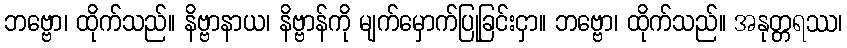
ဘဗ္ဗော၊ ထိုက်သည်။ နိဗ္ဗာနာယ၊ နိဗ္ဗာန်ကို မျက်မှောက်ပြုခြင်းငှာ။ ဘဗ္ဗော၊ ထိုက်သည်။ အနုတ္တရဿ၊